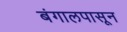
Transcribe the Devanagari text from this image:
बंगालपासून